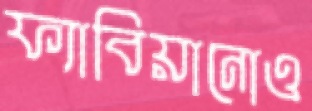
ফ্যাবিয়ানোও